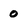
Character: 0